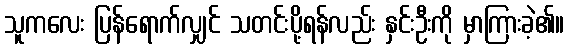
သူကလေး ပြန်ရောက်လျှင် သတင်းပို့ရန်လည်း နှင်းဦးကို မှာကြားခဲ့၏။